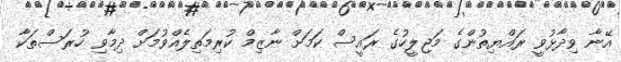
އޭނާ ވިދާޅުވީ ރައްޔިތުންގެ މަޖިލީހުގެ ރައީސް ކަމަށް ނާޒިމް ކުރިމަތިލެއްވުމަށް ދިމާވި ހުރަސްތަކާ